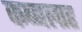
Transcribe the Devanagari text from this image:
कब्बलाह